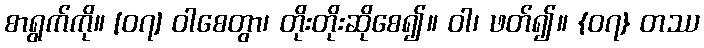
စာရွက်ကို။ [၀၇] ဝါစေတွာ၊ တိုးတိုးဆိုစေ၍။ ဝါ၊ ဖတ်၍။ {၀၇} တဿ